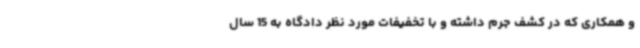
و همکاری که در کشف جرم داشته و با تخفیفات مورد نظر دادگاه به 15 سال